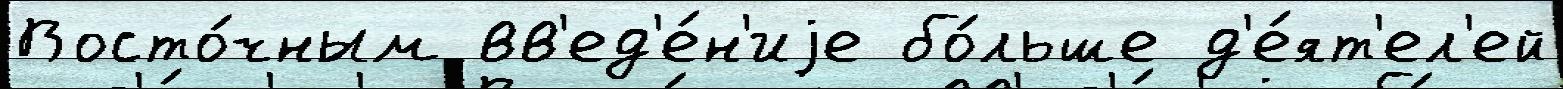
Восто́чным вв'ед'е́н'иjе бо́льше д'е́ят'ел'ей